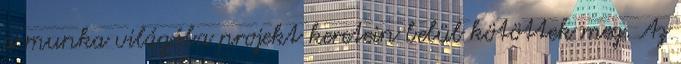
a munka világába projekt keretein belül kötöttek meg. Az